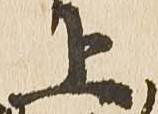
上